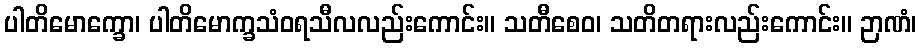
ပါတိမောက္ခော၊ ပါတိမောက္ခသံဝရသီလလည်းကောင်း။ သတီစေဝ၊ သတိတရားလည်းကောင်း။ ဉာဏံ၊